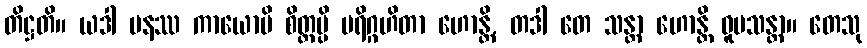
တိဋ္ဌတိ။ ယဒါ ပနဿ ကာယောပိ စိတ္တမ္ပိ ပရိဂ္ဂဟိတာ ဟောန္တိ, တဒါ တေ သန္တာ ဟောန္တိ ဝူပသန္တာ။ တေသု